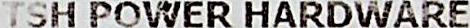
TSH POWER HARDWARE